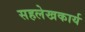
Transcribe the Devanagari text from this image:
सहलेखकार्य